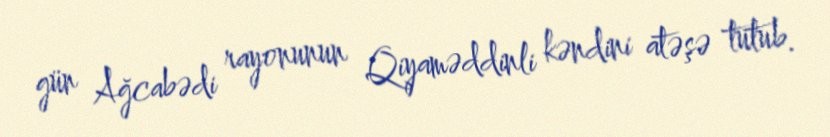
gün Ağcabədi rayonunun Qiyaməddinli kəndini atəşə tutub.